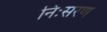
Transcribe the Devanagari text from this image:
निःसरण